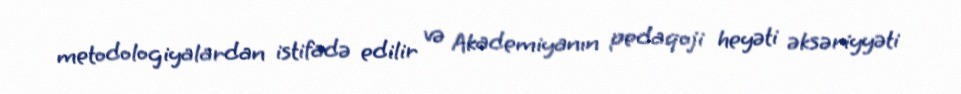
metodologiyalardan istifadə edilir və Akademiyanın pedaqoji heyəti əksəriyyəti